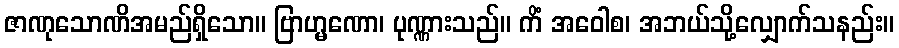
ဇာဏုသောဏိအမည်ရှိသော။ ဗြာဟ္မဏော၊ ပုဏ္ဏားသည်။ ကိံ အဝေါစ၊ အဘယ်သို့လျှောက်သနည်း။